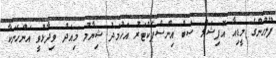
ފުލުހުންގެ މީޑިއާ އޮފިޝަލް ސަބް އިންސްޕެކްޓަރު އަހުމަދު ޝިޔާމު މިއަދު ވިދާޅުވީ އަންހެނަކާ